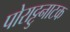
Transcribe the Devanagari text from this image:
पोराट्टुनाटक